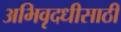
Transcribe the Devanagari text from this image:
अभिवृदधीसाठी